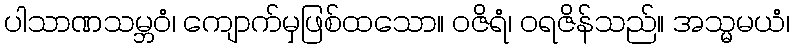
ပါသာဏသမ္ဘဝံ၊ ကျောက်မှဖြစ်ထသော။ ဝဇိရံ၊ ဝရဇိန်သည်။ အသ္မမယံ၊